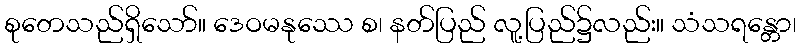
စုတေသည်ရှိသော်။ ဒေဝမနုဿေ စ၊ နတ်ပြည် လူ့ပြည်၌လည်း။ သံသရန္တော၊